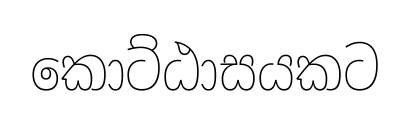
කොට්ඨාසයකට